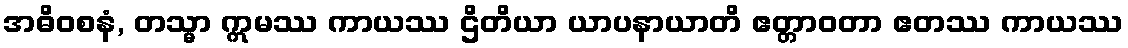
အဓိဝစနံ, တသ္မာ ဣမဿ ကာယဿ ဌိတိယာ ယာပနာယာတိ ဧတ္တာဝတာ ဧတဿ ကာယဿ